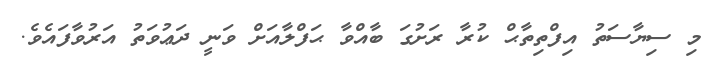
މި ސިޔާސަތު އިފްތިތާޙް ކުރާ ރަށުގަ ބާއްވާ ޙަފްލާއަށް ވަނީ ދަޢުވަތު އަރުވާފައެވެ.